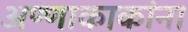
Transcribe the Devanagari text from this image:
अण्णाकाकांना